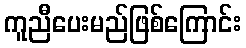
ကူညီပေးမည်ဖြစ်ကြောင်း